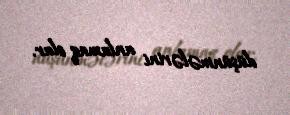
düşünmələrini anlamaq olar.